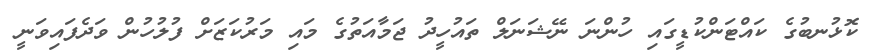
ކޮޅުނބުގެ ކައްޓަންކުޑީގައި ހުންނަ ނޭޝަނަލް ތައުހީދު ޖަމާއަތުގެ މައި މަރުކަޒަށް ފުލުހުން ވަދެފައިވަނީ